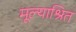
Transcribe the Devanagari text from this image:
मूल्याश्रित